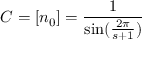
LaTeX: C = [ n _ { 0 } ] = \frac { 1 } { \sin ( \frac { 2 \pi } { s + 1 } ) }